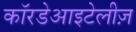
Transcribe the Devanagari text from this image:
कॉरडेआइटेलीज़